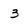
Character: 3